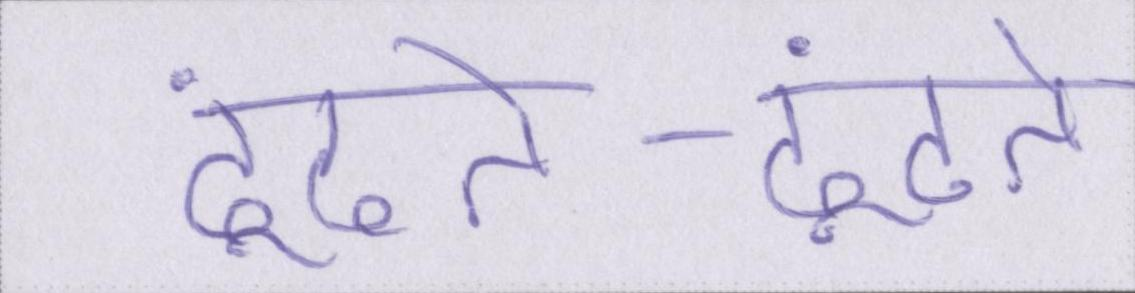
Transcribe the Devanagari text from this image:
ढूंढते-ढूंढते